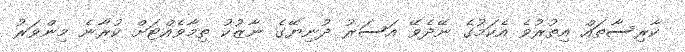
ކާރިސާތައް އިތުރުވެ އެކަމުގެ ނޭދެވޭ އަސަރު ދުނިޔޭގެ ނާޒުކު ތިމާވެއްޓަށް ކުރާނެ މިންވަރު